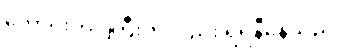
ကောင်းကင်ကြီးကလည်း ရဲရဲနီနေသည်။